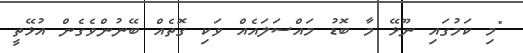
"މި ކަމުގައި ނޫޅޭ މާ ބޮޑު މައްސަލައެއް ވަކި ގޮތެއް ބޭނުންވެގެން އުޅޭތީ